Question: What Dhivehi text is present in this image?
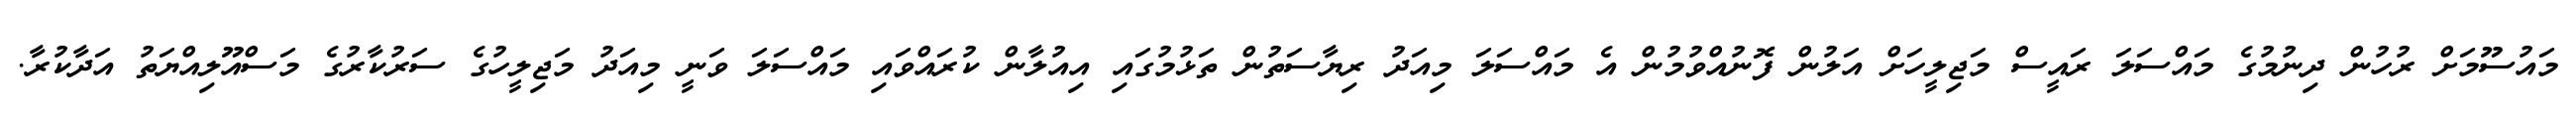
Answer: މައުސޫމަށް ރުހުން ދިނުމުގެ މައްސަލަ ރައީސް މަޖިލީހަށް އަލުން ފޮނުއްވުމުން އެ މައްސަލަ މިއަދު ރިޔާސަތުން ތަޅުމުގައި އިއުލާން ކުރައްވައި މައްސަލަ ވަނީ މިއަދު މަޖިލީހުގެ ސަރުކާރުގެ މަސްއޫލިއްޔަތު އަދާކުރާ.